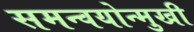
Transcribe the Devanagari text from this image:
समन्वयोन्मुखी